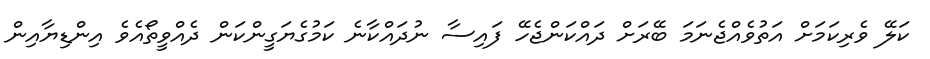
ކަލޭ ވެރިކަމަށް އަތުވެއްޖެނަމަ ބޭރަށް ދައްކަންޖެހޭ ފައިސާ ނުދައްކާނެ ކަމުގެޔަގީންކަން ދެއްވީތޯއެވެ އިންޑިޔާއިން